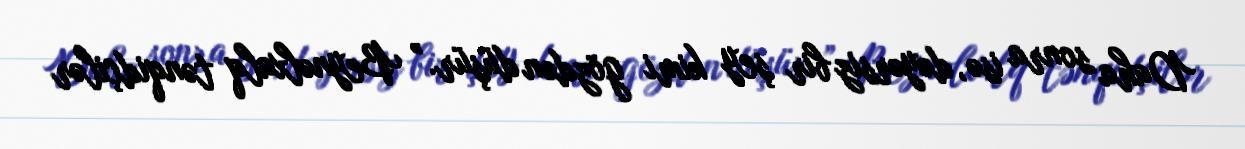
Daha sonra isə, dəyərsiz bir şey kimi gözdən düşür.” Beynəlxalq tənqidçilər